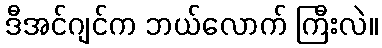
ဒီအင်ဂျင်က ဘယ်လောက် ကြီးလဲ။